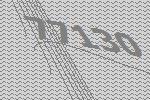
77130